Scientific memoirs by medical officers of the Army of India - Part VII,
Year: 1892
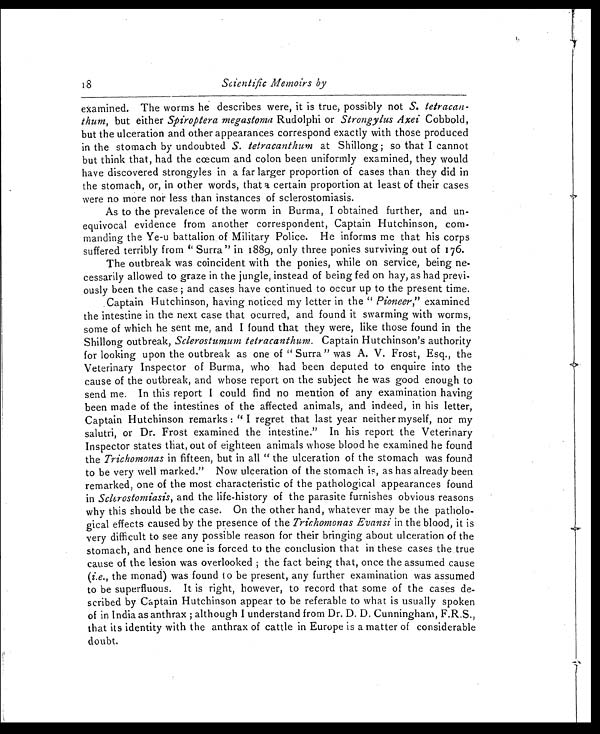
18
Scientific Memoirs by
examined. The worms he describes were, it is true, possibly not S. tetracan-
thum, but either Spiroptera megastoma Rudolphi or Strongylus Axei Cobbold,
but the ulceration and other appearances correspond exactly with those produced
in the stomach by undoubted S. tetracanthum at Shillong ; so that I cannot
but think that, had the cœcum and colon been uniformly examined, they would
have discovered strongyles in a far larger proportion of cases than they did in
the stomach, or, in other words, that a certain proportion at least of their cases
were no more nor less than instances of sclerostomiasis.
As to the prevalence of the worm in Burma, I obtained further, and un-
equivocal evidence from another correspondent, Captain Hutchinson, com-
manding the Ye-u battalion, of Military Police. He informs me that his corps
suffered terribly from " Surra" in 1889, only three ponies surviving out of 176.
The outbreak was coincident with the ponies, while on service, being ne-
cessarily allowed to graze in the jungle, instead of being fed on hay, as had previ-
ously been the case ; and cases have continued to occur up to the present time.
Captain Hutchinson, having noticed my letter in the " Pioneer," examined
the intestine in the next case that ocurred, and found it swarming with worms,
some of which he sent me, and I found that they were, like those found in the
Shillong outbreak, Sclerostumum tetracanthum. Captain Hutchinson's authority
for looking upon the outbreak as one of " Surra " was A. V. Frost, Esq., the
Veterinary Inspector of Burma, who had been deputed to enquire into the
cause of the outbreak, and whose report on the subject he was good enough to
send me. In this report I could find no mention of any examination having
been made of the intestines of the affected animals, and indeed, in his letter,
Captain Hutchinson remarks : " I regret that last year neither myself, nor my
salutri, or Dr. Frost examined the intestine." In his report the Veterinary
Inspector states that, out of eighteen animals whose blood he examined he found
the Trichomonas in fifteen, but in all " the ulceration of the stomach was found
to be very well marked." Now ulceration of the stomach is, as has already been
remarked, one of the most characteristic of the pathological appearances found
in Sclerostomiasis, and the life-history of the parasite furnishes obvious reasons
why this should be the case. On the other hand, whatever may be the patholo-
gical effects caused by the presence of the Trichomonas Evansi in the blood, it is
very difficult to see any possible reason for their bringing about ulceration of the
stomach, and hence one is forced to the conclusion that in these cases the true
cause of the lesion was overlooked ; the fact being that, once the assumed cause
(i.e. , the monad) was found to be present, any further examination was assumed
to be superfluous. It is right, however, to record that some of the cases de-
scribed by Captain Hutchinson appear to be referable to what is usually spoken
of in India as anthrax ; although I understand from Dr. D. D. Cunningham, F.R.S.,
that its identity with the anthrax of cattle in Europe is a matter of considerable
doubt.